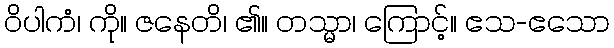
ဝိပါကံ၊ ကို။ ဇနေတိ၊ ၏။ တသ္မာ၊ ကြောင့်။ ဧသ-ဧသော